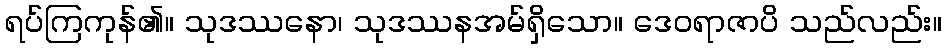
ရပ်ကြကုန်၏။ သုဒဿနော၊ သုဒဿနအမ်ရှိသော။ ဒေဝရာဇာပိ သည်လည်း။